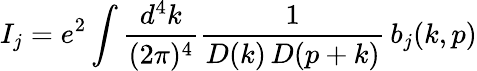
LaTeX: I_{j}=e^{2}\int{\frac{d^{4}k}{(2\pi)^{4}}}{\frac{1}{D(k)\, D(p+k)}}\, b_{j}(k,p)